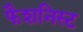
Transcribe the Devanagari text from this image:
फैशनिस्ट